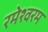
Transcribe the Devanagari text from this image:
रमेश्वरम